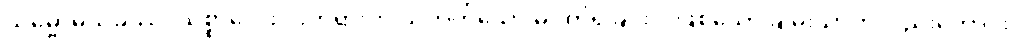
သမ္ဗောဓသုခဿ၊ သစ္စာလေးပါးတရားကို သိတတ်သော မဂ်ကိုရခြင်းငှာဖြစ်သော ချမ်းသာကိုလည်းကောင်း။